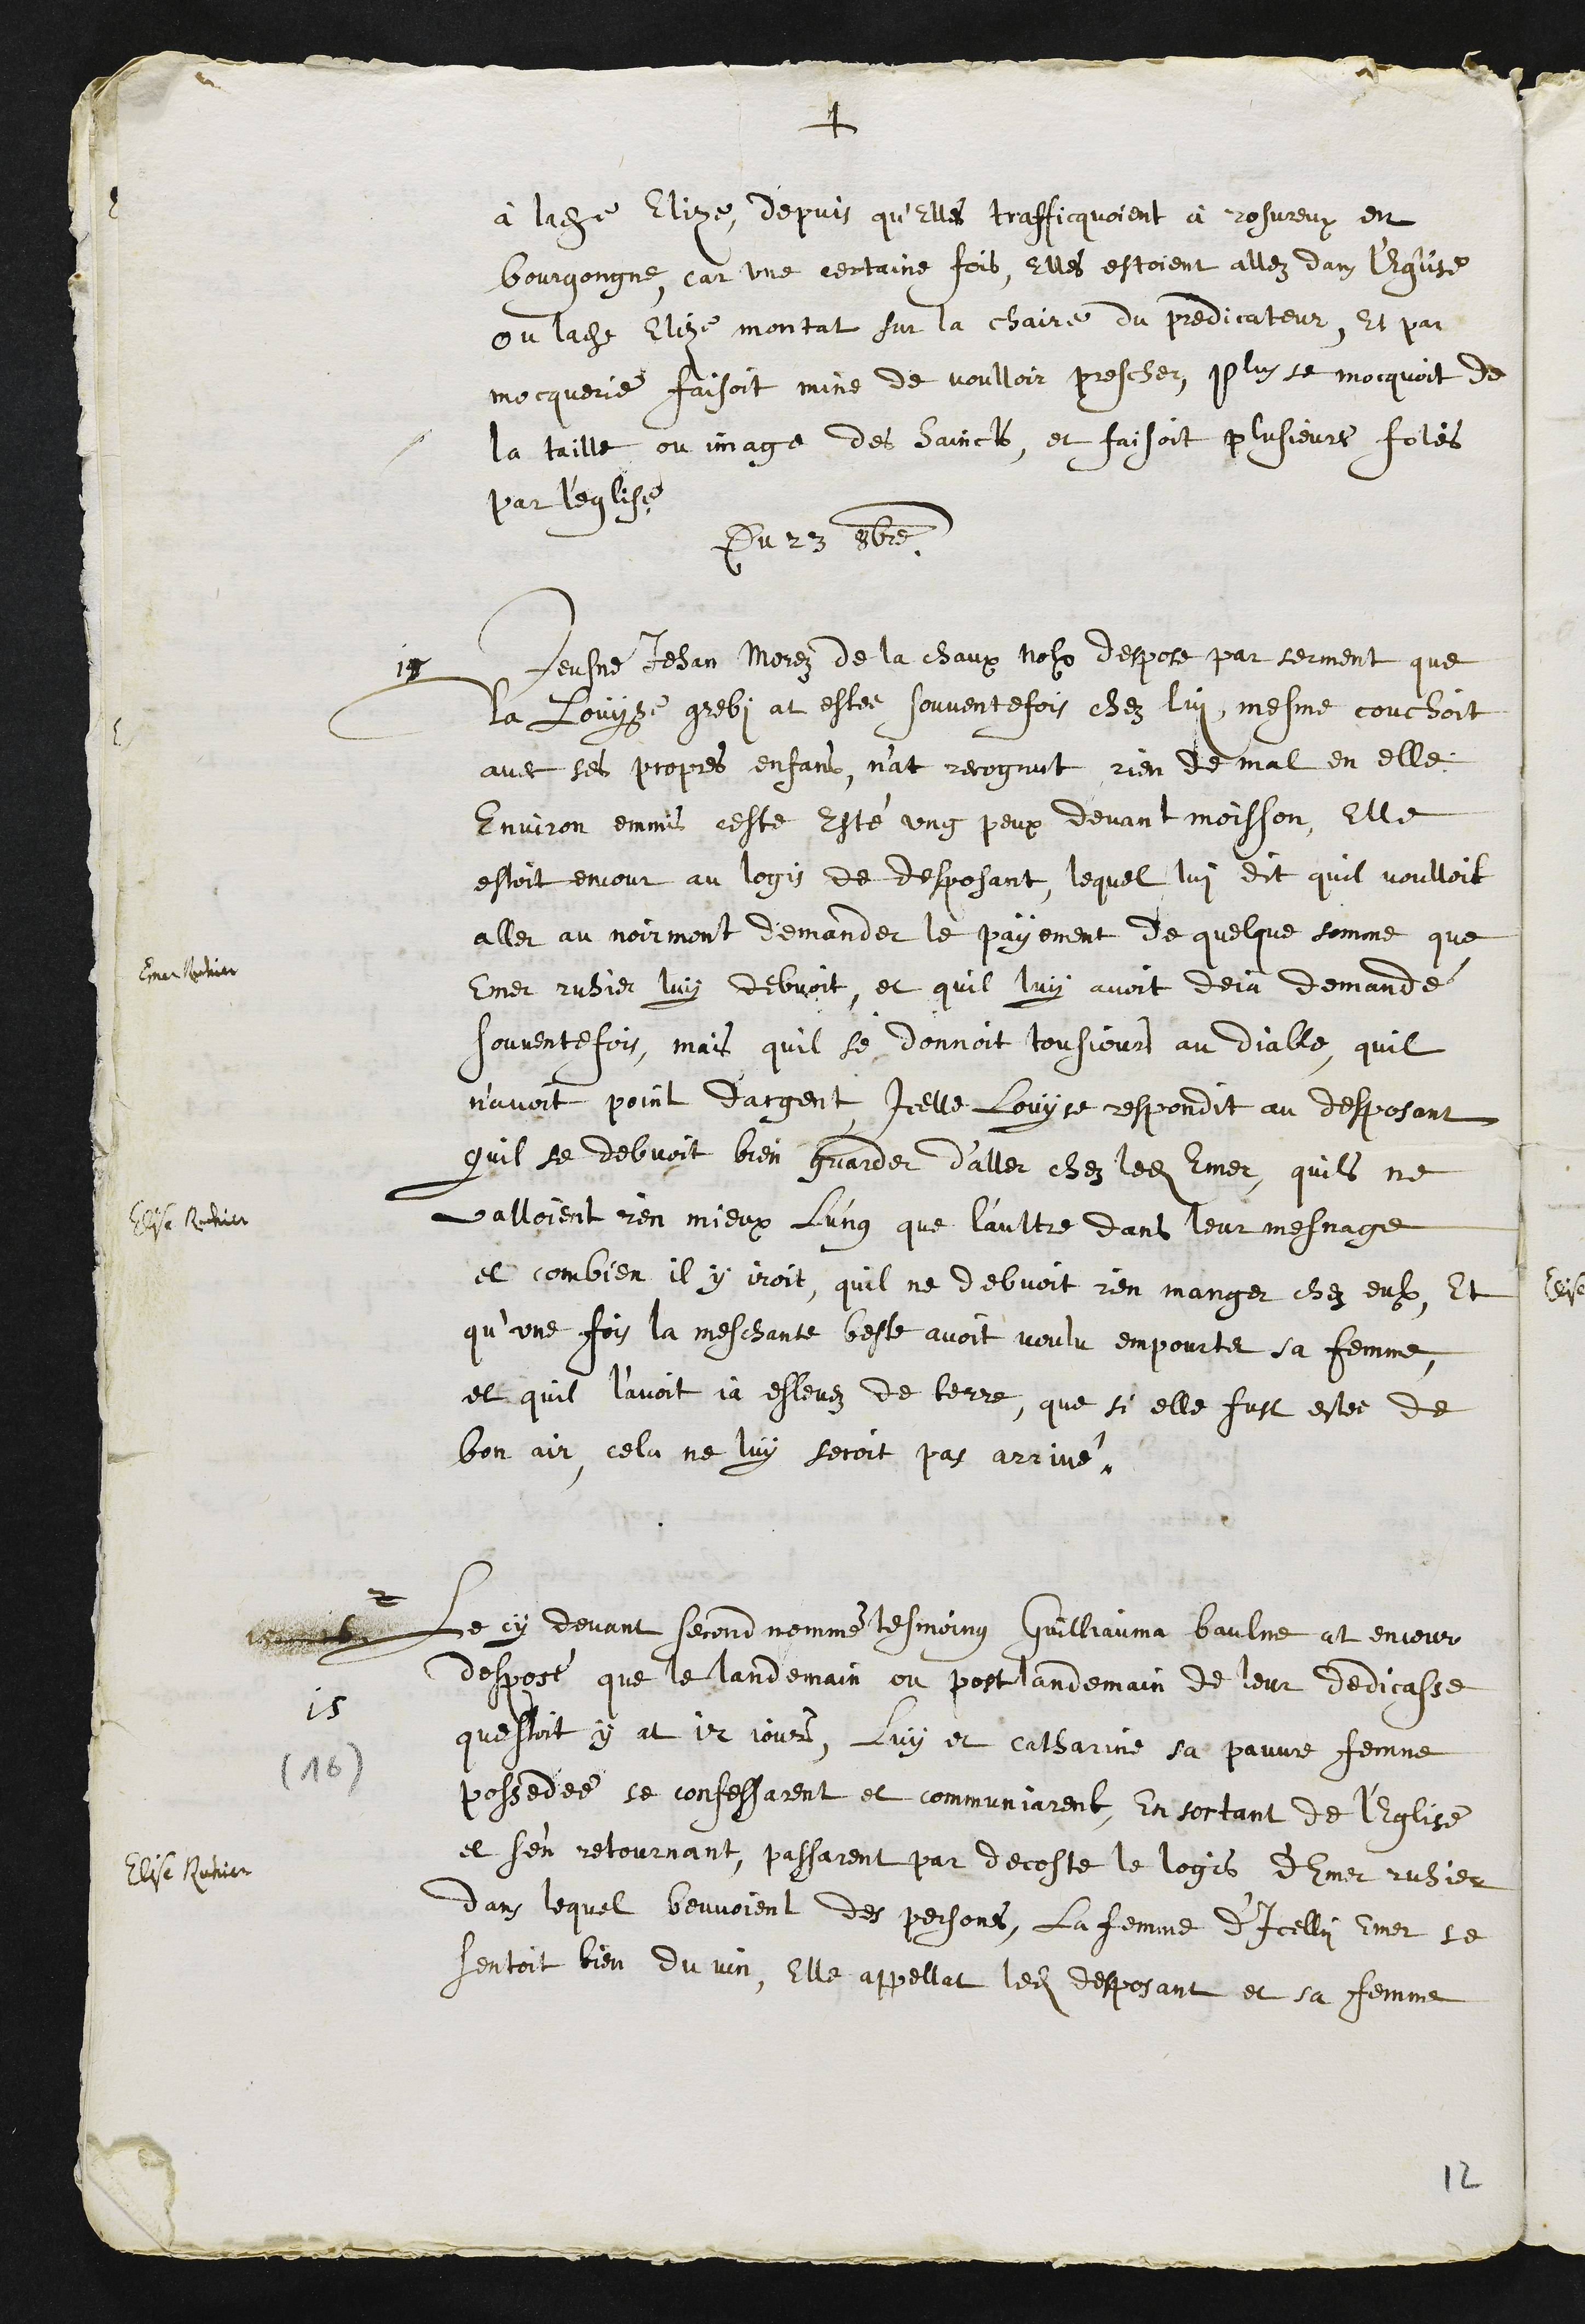
+
à ladite Elize, depuis qu’elles trafficquoient à rosureux en
bourgongne, car une certaine fois, Elles estoient allez dans l'Eglise
ou ladite Elize montat sur la chaire du predicateur, et par
mocquerie faisoit mine de voulloir preschez, plus se mocquoit de
la taille ou image des saincts, et faisoit plusieurs folies,
par l'eglise
Du 23 8bre
15
Jeusne Jehan Morez de la chaux Nolx despose par serment que
la Louyse grebi at estee souventefois chez lui, mesme couchoit
avec ses propres enfans, nat recognut rien de mal en elle
Environ emmis ceste esté ung peux devant moisson, Elle
estoit encour au logis de desposant lequel lui dit quil voulloit
aller au noirmont demander le payement de quelque somme que
Emer Ruhier
Emer ruhier luy debvoit, et quil luy avoit deja demandé
souventefois, mais quil se donnoit tousjours au diable quil
navoit point dargent icelle Louyse respondit au desposant
quil se debvoit bien guarder d’aller chez ledit Emer, quils ne
valloient rien mieux l'ung que l’aultre dans leur mesnage
Elise Ruhier
et combien il y iroit, quil ne debvoit rien manger chez eulx, Et
qu’une fois la meschante beste avoit voulu empourter sa femme,
et quil l'avoit ja eslevez de terre, que si elle fust estee de
bon air, cela ne luy seroit pas arrivé
2
15 16
15
(16)
Le cy devant second nommé tesmoing Guilliauma baulme at encour
desposé que le landemain ou post landemain de leur dedicasse
questoit y at 12 jours, luy et Catherine sa pauvre femme
possedee se confessarent et communiarent, En sortant de l’Eglise
et sen retournant, passarent par decoste le logis d'Emer ruhier
Elise ruhier
dans lequel beuvoient des persones, la femme d’icellui Emer se
sentoit bien du vin, Elle appellat ledit desposant et sa femme
12